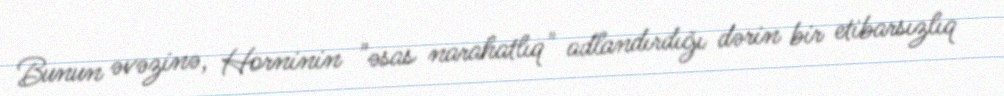
Bunun əvəzinə, Horninin "əsas narahatlıq" adlandırdığı dərin bir etibarsızlıq